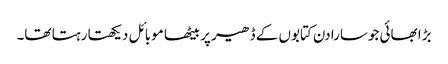
بڑا بھائی جوسارا دن کتابوں کے ڈھیر پر بیٹھا موبائل دیکھتا رہتا تھا۔